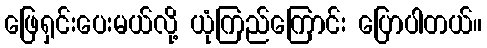
ဖြေရှင်းပေးမယ်လို့ ယုံကြည်ကြောင်း ပြောပါတယ်။